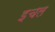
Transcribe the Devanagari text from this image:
इचल